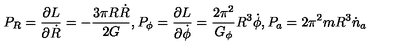
P _ { R } = \frac { \partial L } { \partial \dot { R } } = - \frac { 3 \pi R \dot { R } } { 2 G } , P _ { \phi } = \frac { \partial L } { \partial \dot { \phi } } = \frac { 2 \pi ^ { 2 } } { G _ { \phi } } R ^ { 3 } \dot { \phi } , P _ { a } = 2 \pi ^ { 2 } m R ^ { 3 } \dot { n } _ { a }